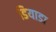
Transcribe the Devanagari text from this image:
डियाडा